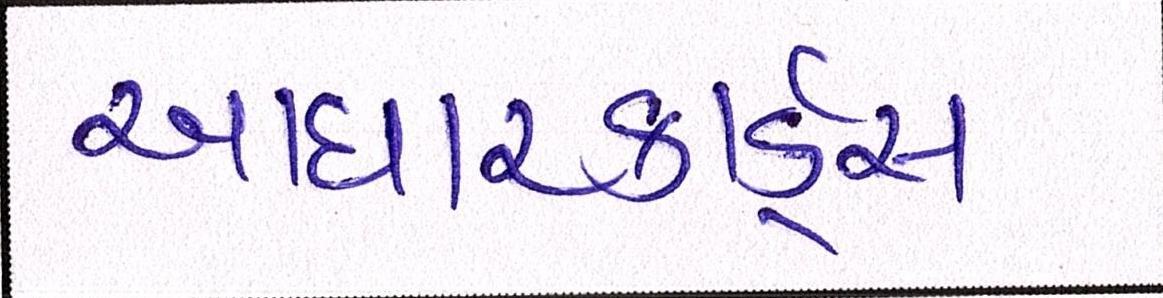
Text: આધારકાર્ડ્સ